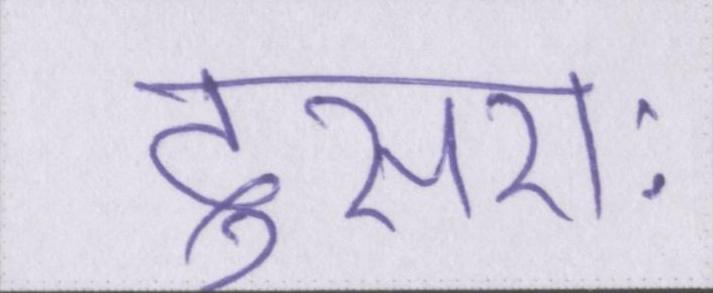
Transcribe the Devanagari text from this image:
दूसराः